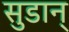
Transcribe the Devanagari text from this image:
सुडान्